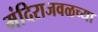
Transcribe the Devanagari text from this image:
मंदिराजवळच्या